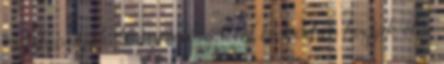
és folyósítják. Ha nevelőszülőtől hó közben hozzák el a